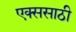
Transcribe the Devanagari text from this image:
एक्ससाठी